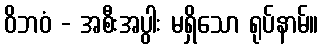
ဝိဘဝံ - အစီးအပွါး မရှိသော ရုပ်နာမ်။